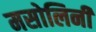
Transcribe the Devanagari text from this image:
मसोलिनी